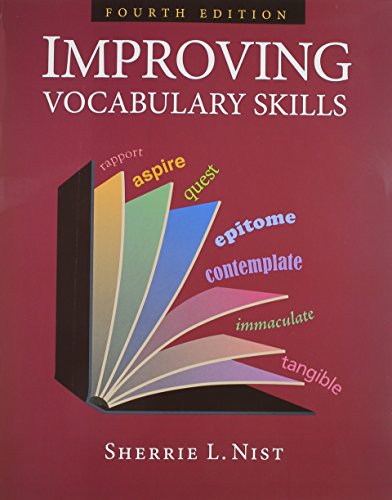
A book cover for Improving Vocabulary Skills; Sherrie L. Nist; Reference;